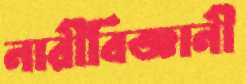
নারীবিজ্ঞানী